Riigikantselei, lk 33
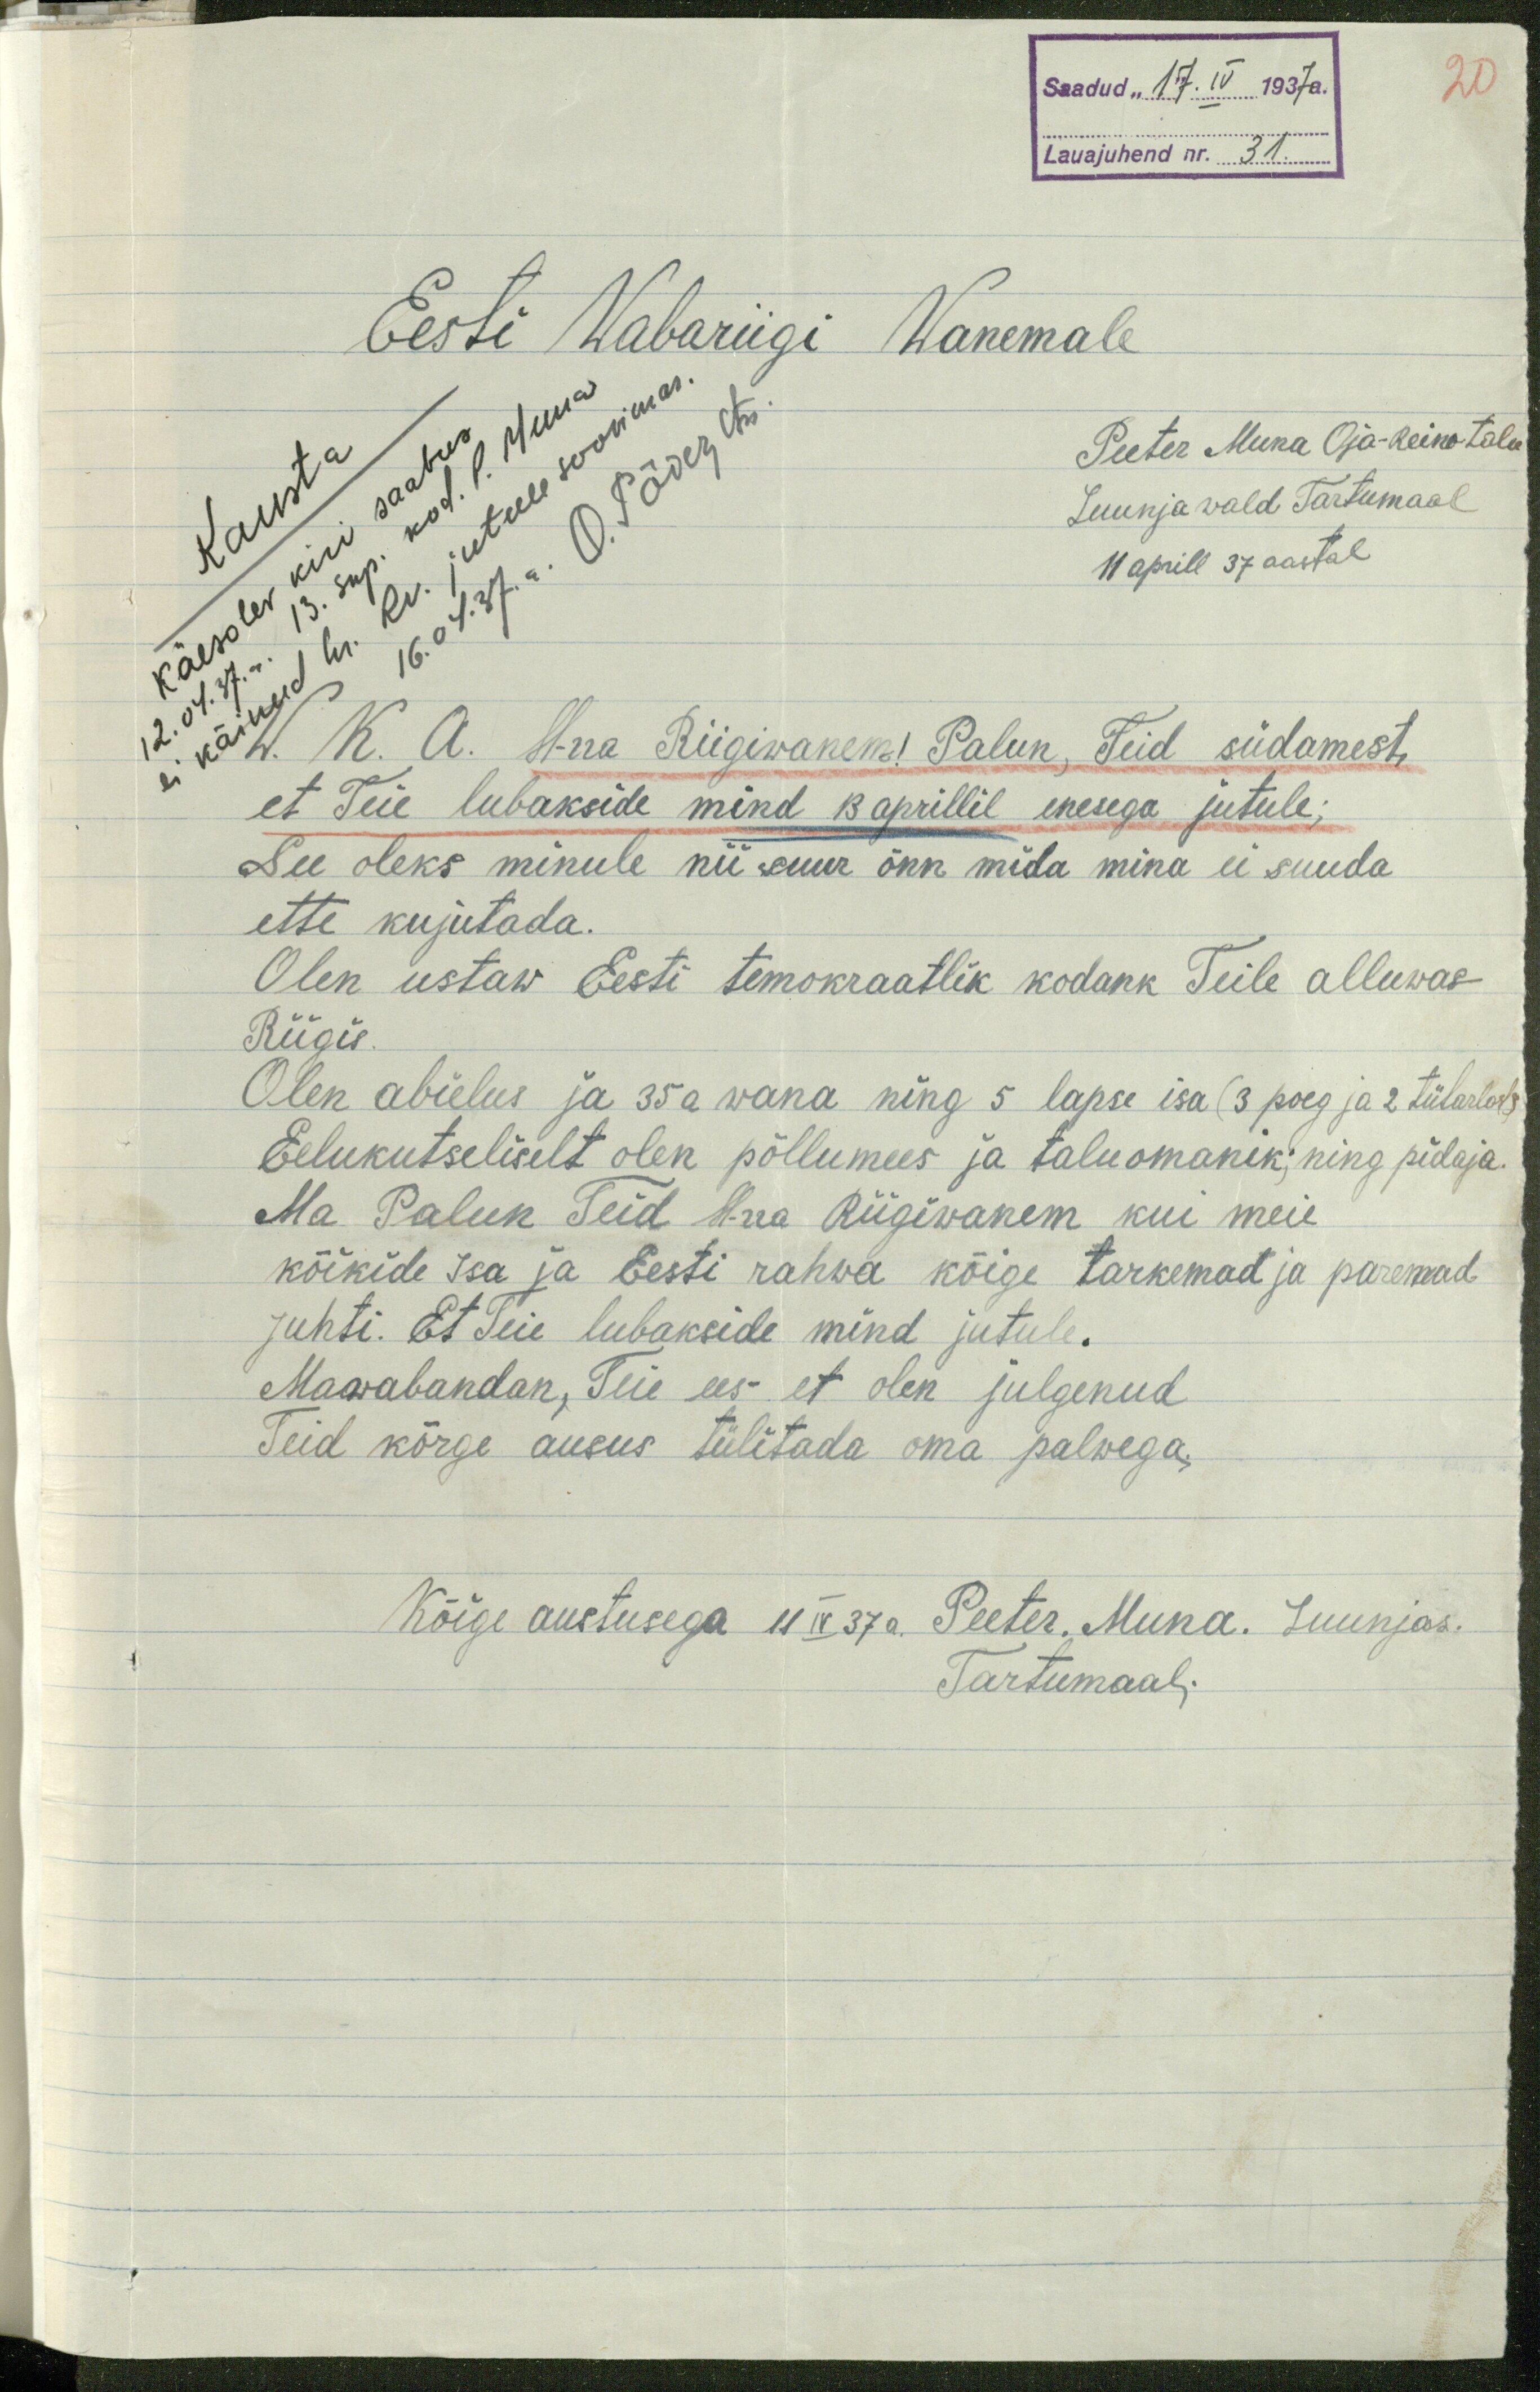
20
Saadud "17. IV 1937a.
Lauajuhend nr. 31.
Eesti Wabariigi Wanemale
Peeter Muna Oja-Reino talu
Luunja wald Tartumaal
11 aprill 37 aastal
W. K. A. H-rra Riigivanem! Palun, Teid südamest,
et Teie lubakside mind 13 aprillil enesega jutule;
See oleks minule nii suur õnn mida mina ei suuda
ette kujutada.
Olen ustaw Eesti temokraatlik kodank Teile alluwas
Riigis.
Olen abielus ja 35 a wana ning 5 lapse isa (3 poeg ja 2 tütarlast)
Eelukutseliselt olen põllumees ja taluomanik; ning pidaja.
Ma Palun Teid H-rra Riigivanem kui meie
kõikide Isa ja Eesti rahva kõige tarkemad ja paremad
Juhti. Et Teie lubakside mind jutule.
Mawabandan, Teie ees et olen julgenud
Teid kõrge ausus tülitada oma palwega,
Kõige austusega 11 IV 37 a. Peeter. Muna. Luunjas.
Tartumaal.